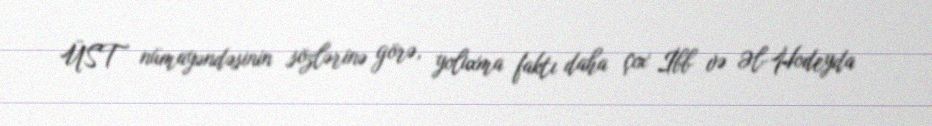
ÜST nümayəndəsinin sözlərinə görə, yoluxma faktı daha çox İbb və Əl-Hodeyda